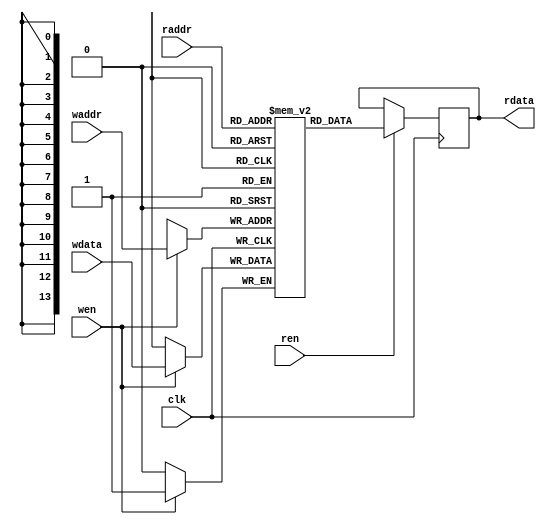
// 4 BRAMS
module sprite_memory (
    input clk, wen, ren,
    input [13:0] waddr, raddr,
    input wdata,
    output reg rdata
);
    reg [0:0] mem [0:16383];   // enough memory for 64 16x16 sprites @ 1bpp
    always @(posedge clk) begin
      if (ren)
        rdata <= mem[raddr];
      if (wen)
        mem[waddr] <= wdata;
    end
endmodule